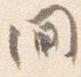
間